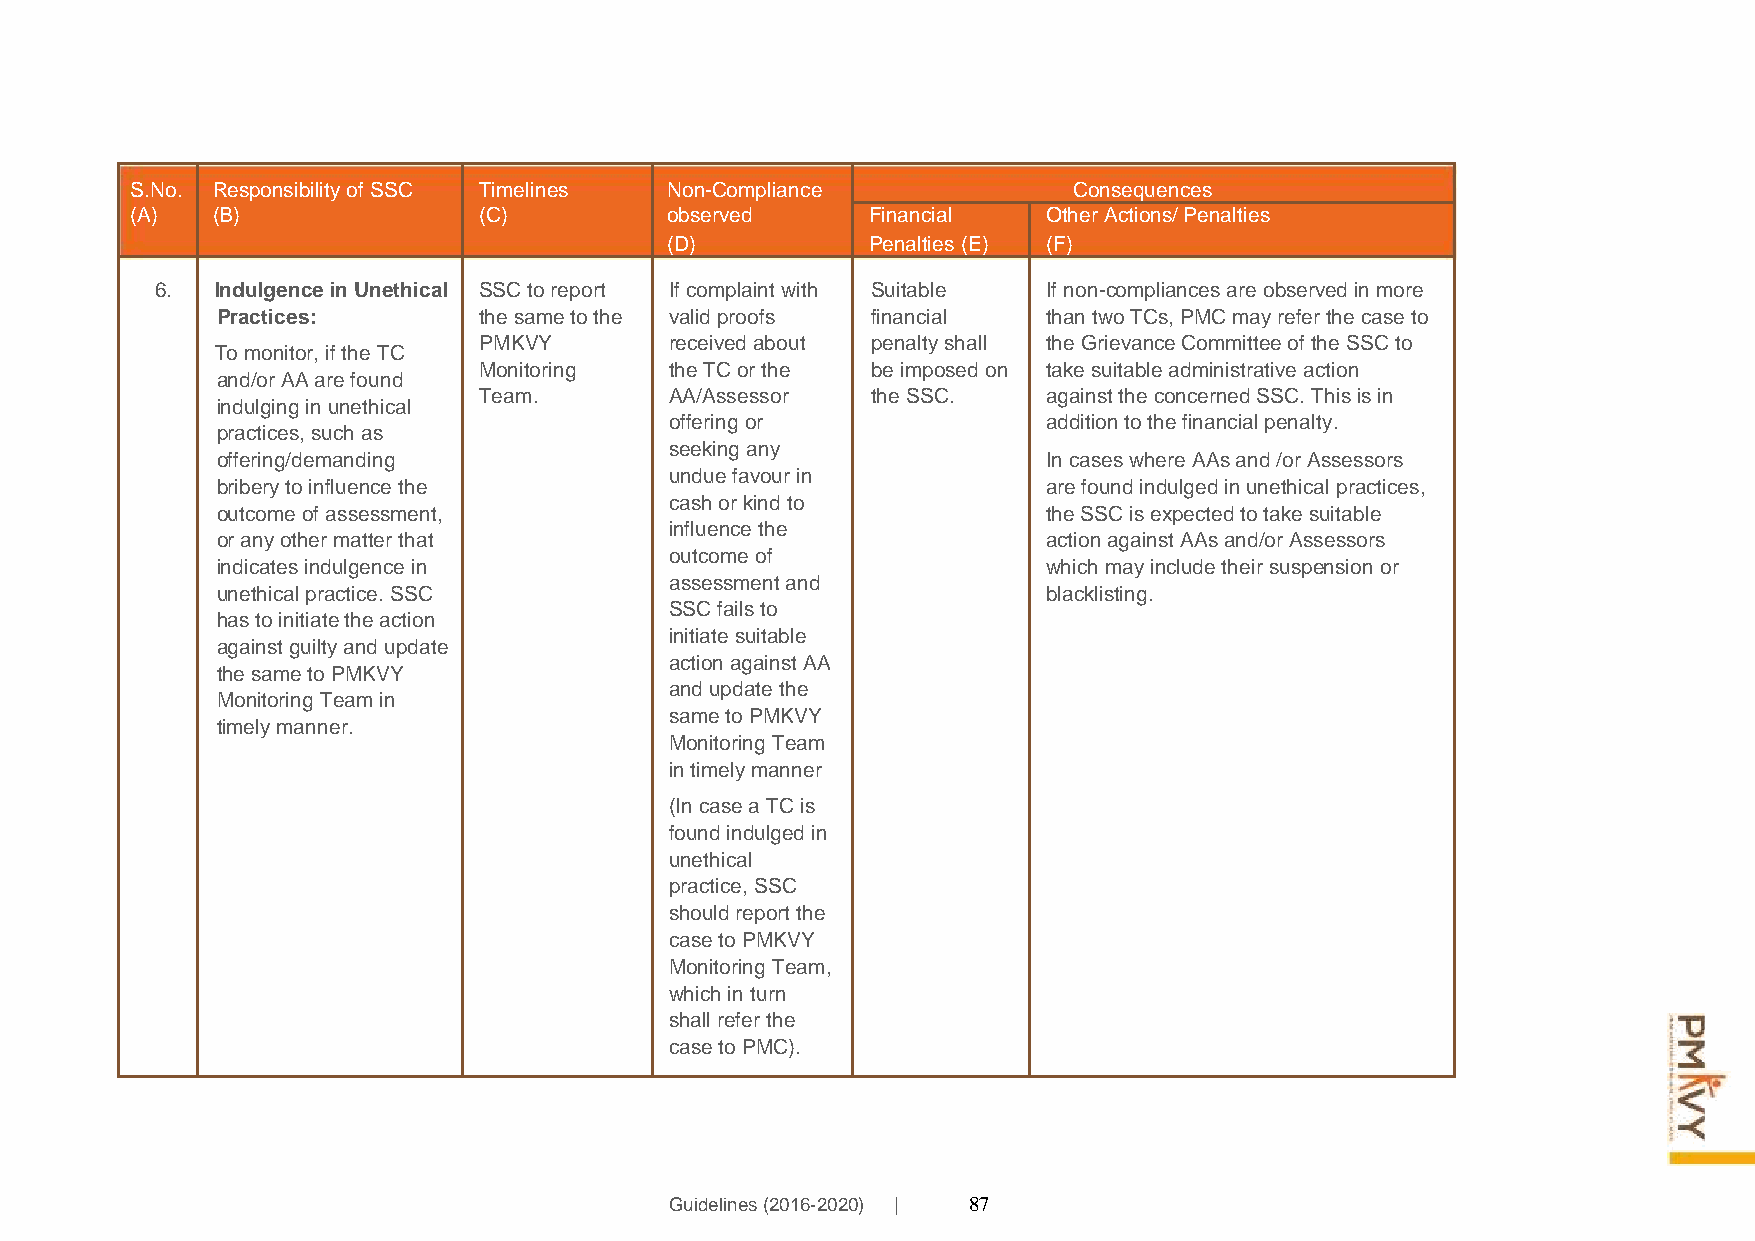
S.No. Responsibility of SSC Timelines Non-Compliance          Consequences
 (A)  (B)               (C)         observed      Financial  Other Actions/ Penalties
 (D)           Penalties (E) (F)
 6.  Indulgence in Unethical SSC to report If complaint with Suitable If non-compliances are observed in more
 Practices:        the same to the valid proofs financial than two TCs, PMC may refer the case to
 To monitor, if the TC
 PMKVY       received about penalty shall the Grievance Committee of the SSC to
 Monitoring  the TC or the be imposed on take suitable administrative action
 and/or AA are found
 Team.       AA/Assessor   the SSC.   against the concerned SSC. This is in
 indulging in unethical
 offering or              addition to the financial penalty.
 practices, such as
 offering/demanding
 seeking any
 In cases where AAs and /or Assessors
 bribery to influence the
 undue favour in
 are found indulged in unethical practices,
 outcome of assessment,
 cash or kind to
 the SSC is expected to take suitable
 influence the
 or any other matter that                               action against AAs and/or Assessors
 outcome of
 indicates indulgence in                                which may include their suspension or
 assessment and
 unethical practice. SSC                                blacklisting.
 SSC fails to
 has to initiate the action
 initiate suitable
 against guilty and update
 action against AA
 the same to PMKVY
 and update the
 Monitoring Team in
 same to PMKVY
 timely manner.
 Monitoring Team
 in timely manner
 (In case a TC is
 found indulged in
 unethical
 practice, SSC
 should report the
 case to PMKVY
 Monitoring Team,
 which in turn
 shall refer the
 case to PMC).
 Guidelines (2016-2020) | 87